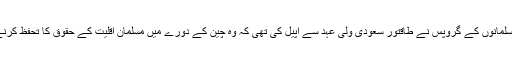
برطانوی اخبار گارڈین کے مطابق یغور مسلمانوں کے گروپس نے طاقتور سعودی ولی عہد سے اپیل کی تھی کہ وہ چین کے دورے میں مسلمان اقلیت کے حقوق کا تحفظ کرنے کے لیے صدر شی جنپنگ پر زور دے ۔